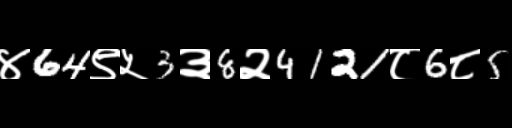
Text: ४64९५3३8२4121८6८5